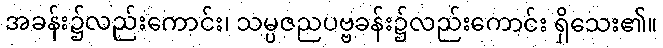
အခန်း၌လည်းကောင်း၊ သမ္ပဇညပဗ္ဗခန်း၌လည်းကောင်း ရှိသေး၏။